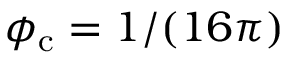
{ \phi _ { \mathrm { c } } = 1 / ( 1 6 \pi ) }